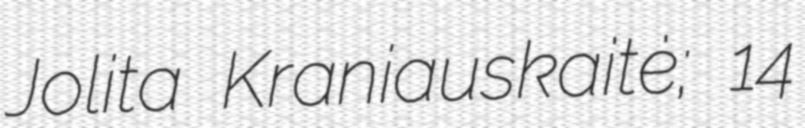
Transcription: Jolita Kraniauskaitė; 14